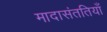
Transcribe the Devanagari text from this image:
मादासंततियाँ